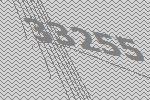
33255